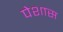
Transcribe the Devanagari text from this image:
पेशास